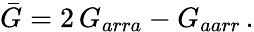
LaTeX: {\bar{G}}=2\, G_{arra}-G_{aarr}\, .